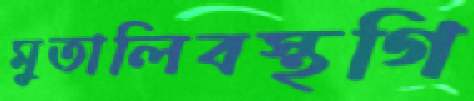
মুতালিবস্থগি